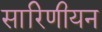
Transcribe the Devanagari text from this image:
सारिणीयन